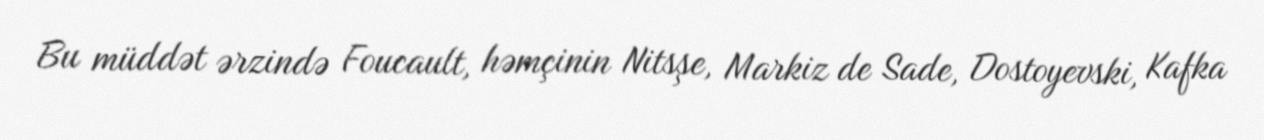
Bu müddət ərzində Foucault, həmçinin Nitsşe, Markiz de Sade, Dostoyevski, Kafka